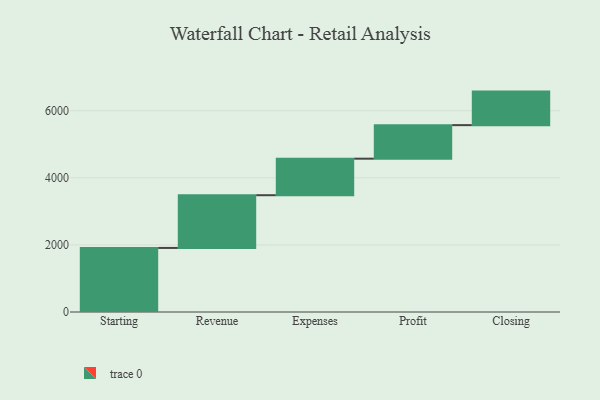
{"axis": {"x": "Step", "y": "Value"}, "legend": [""], "data": [{"x": "Starting", "y": 1910.0, "type": ""}, {"x": "Revenue", "y": 1572.0, "type": ""}, {"x": "Expenses", "y": 1089.0, "type": ""}, {"x": "Profit", "y": 1000, "type": ""}, {"x": "Closing", "y": 1000, "type": ""}]}